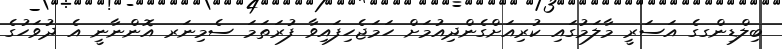
ބިލްޑިންގގެ އަސަރީ މާލަމުގައި ކުރިއަށްގެންދިއުމަށް ހަމަޖެހިފައިވާ ފުރަތަމަ ސެމިނަރ އޮންނާނީ އެ ދުވަހުގެ